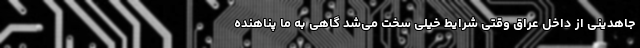
جاهدینی از داخل عراق وقتی شرایط خیلی سخت می‌شد گاهی به ما پناهنده